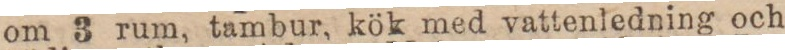
om 3 rum, tambur, kök med vattenledning och